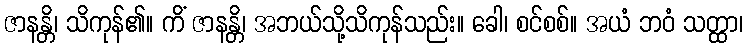
ဇာနန္တိ၊ သိကုန်၏။ ကိံ ဇာနန္တိ၊ အဘယ်သို့သိကုန်သည်း။ ခေါ၊ စင်စစ်။ အယံ ဘဝံ သတ္ထာ၊